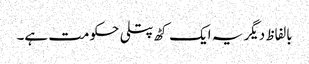
بالفاظ دیگر یہ ایک کٹھ پتلی حکومت ہے۔